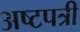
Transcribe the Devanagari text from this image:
अष्टपत्री